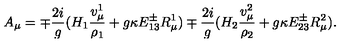
A _ { \mu } = \mp { \frac { 2 i } { g } } ( H _ { 1 } { \frac { v _ { \mu } ^ { 1 } } { \rho _ { 1 } } } + g \kappa E _ { 1 3 } ^ { \pm } R _ { \mu } ^ { 1 } ) \mp { \frac { 2 i } { g } } ( H _ { 2 } { \frac { v _ { \mu } ^ { 2 } } { \rho _ { 2 } } } + g \kappa E _ { 2 3 } ^ { \pm } R _ { \mu } ^ { 2 } ) .